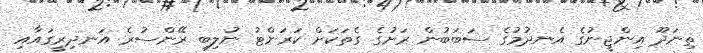
ތިނަދޫ އިންޖީނުގެ އެނދުމުގެ ސަބަބުން ރަށުގެ ގެތަކަށް ކަރަންޓު ނުލިބި ރޭންސުރެ އަނދިރީގައާއި